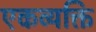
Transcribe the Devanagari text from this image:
एकव्यक्ति